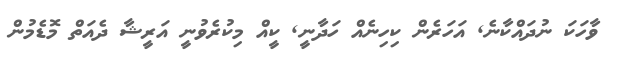
ވާހަަކަ ނުދައްކާނެ